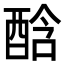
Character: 䣻